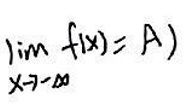
$\lim_{x \to -\infty} f(x) = A$